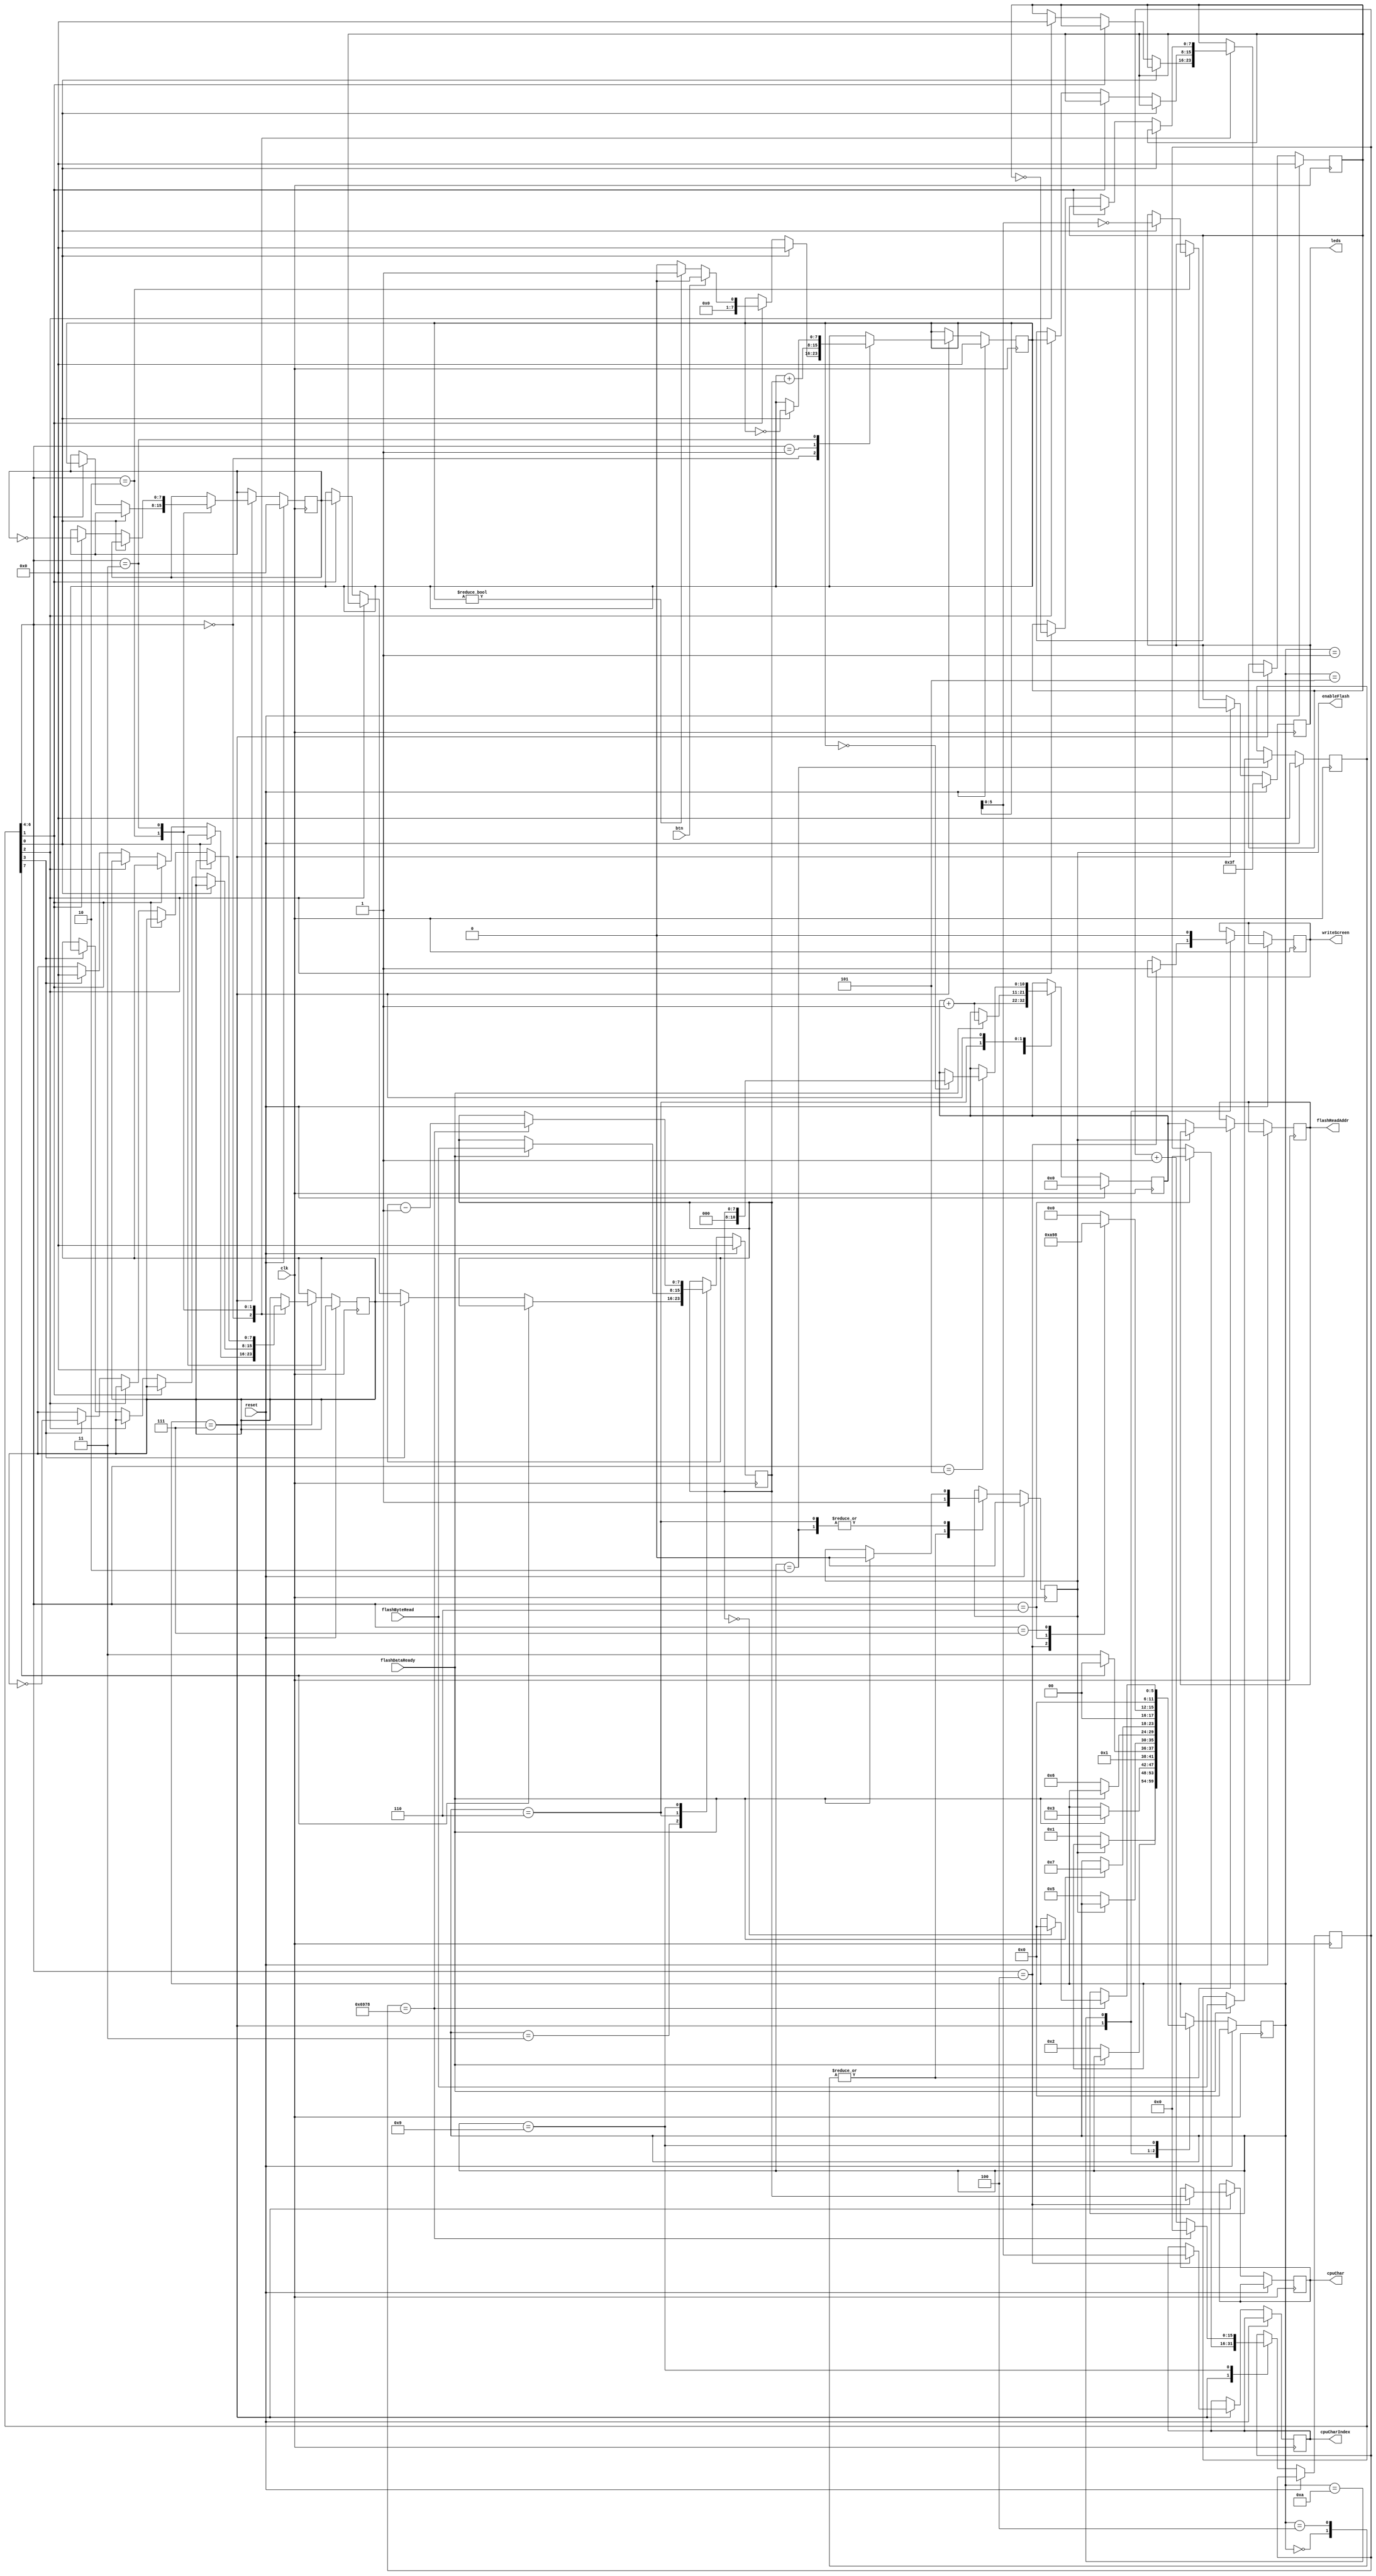

module cpu(
    input clk,
    output reg [10:0] flashReadAddr = 0,
    input [7:0] flashByteRead,
    output reg enableFlash = 0,
    input flashDataReady,
    output reg [5:0] leds = 6'b111111,
    output reg [7:0] cpuChar = 0,
    output reg [5:0] cpuCharIndex = 0,
    output reg writeScreen = 0,
    input reset,
    input btn
);

    localparam STATE_FETCH = 0;
    localparam STATE_FETCH_WAIT_START = 1;
    localparam STATE_FETCH_WAIT_DONE = 2;
    localparam STATE_DECODE = 3;
    localparam STATE_RETRIEVE = 4;
    localparam STATE_RETRIEVE_WAIT_START = 5;
    localparam STATE_RETRIEVE_WAIT_DONE = 6;
    localparam STATE_EXECUTE = 7;
    localparam STATE_HALT = 8;
    localparam STATE_WAIT = 9;
    localparam STATE_PRINT = 10;

    localparam CMD_CLR = 0;
    localparam CMD_ADD = 1;
    localparam CMD_STA = 2;
    localparam CND_INV = 3;
    localparam CMD_PRNT = 4;
    localparam CMD_JMPZ = 5;
    localparam CMD_WAIT = 6;
    localparam CMD_HLT = 7;

    reg [5:0] state = 0;
    reg [10:0] pc = 0;
    reg [7:0] a = 0, b = 0, c = 0, ac = 0;
    reg [7:0] param = 0, command = 0;

    reg [15:0] waitCounter = 0;

    always @(posedge clk) begin
        if (reset) begin
            pc <= 0;
            a <= 0;
            b <= 0;
            c <= 0;
            ac <= 0;
            command <= 0;
            param <= 0;
            state <= STATE_FETCH;
            enableFlash <= 0;
            leds <= 6'b111111;
        end
        else begin
            case(state)
                STATE_FETCH: begin
                    if (~enableFlash) begin
                        flashReadAddr <= pc;
                        enableFlash <= 1;
                        state <= STATE_FETCH_WAIT_START;
                    end
                end
                STATE_FETCH_WAIT_START: begin
                    if (~flashDataReady) begin
                        state <= STATE_FETCH_WAIT_DONE;
                    end
                end
                STATE_FETCH_WAIT_DONE: begin
                    if (flashDataReady) begin
                        command <= flashByteRead;
                        enableFlash <= 0;
                        state <= STATE_DECODE;
                    end
                end
                STATE_DECODE: begin
                    pc <= pc + 1;
                    // command has constant param
                    if (command[7]) begin
                        state <= STATE_RETRIEVE;
                    end else begin
                        param <= command[3] ? a : command[2] ? b : command[1] ? c : ac;
                        state <= STATE_EXECUTE;
                    end
                end
                STATE_RETRIEVE: begin
                    if (~enableFlash) begin
                        flashReadAddr <= pc;
                        enableFlash <= 1;
                        state <= STATE_RETRIEVE_WAIT_START;
                    end
                end
                 STATE_RETRIEVE_WAIT_START: begin
                    if (~flashDataReady) begin
                        state <= STATE_RETRIEVE_WAIT_DONE;
                    end
                end
                STATE_RETRIEVE_WAIT_DONE: begin
                    if (flashDataReady) begin
                        param <= flashByteRead;
                        enableFlash <= 0;
                        state <= STATE_EXECUTE;
                        pc <= pc + 1;
                    end
                end
                STATE_EXECUTE: begin
                    state <= STATE_FETCH;
                    case (command[6:4])
                        CMD_CLR: begin
                            if (command[0])
                                ac <= 0;
                            else if (command[1])
                                ac <= btn ? 0 : (ac ? 1 : 0);
                            else if (command[2])
                                b <= 0;
                            else if (command[3])
                                a <= 0;
                        end
                        CMD_ADD: begin
                            ac <= ac + param;
                        end
                        CMD_STA: begin
                            if (command[0])
                                leds <= ~ac[5:0];
                            else if (command[1])
                                c <= ac;
                            else if (command[2])
                                b <= ac;
                            else if (command[3])
                                a <= ac;
                        end
                        CND_INV: begin
                            if (command[0])
                                ac <= ~ac;
                            else if (command[1])
                                c <= ~c;
                            else if (command[2])
                                b <= ~b;
                            else if (command[3])
                                a <= ~a;
                        end
                        CMD_PRNT: begin
                            cpuCharIndex <= ac[5:0];
                            cpuChar <= param;
                            writeScreen <= 1;
                            state <= STATE_PRINT;
                        end
                        CMD_JMPZ: begin
                            pc <= (ac == 8'd0) ? {3'b0,param} : pc;
                        end
                        CMD_WAIT: begin
                            waitCounter <= 0;
                            state <= STATE_WAIT;
                        end
                        CMD_HLT: begin
                            state <= STATE_HALT;
                        end
                    endcase
                end
                STATE_PRINT: begin
                    writeScreen <= 0;
                    state <= STATE_FETCH;
                end
                STATE_WAIT: begin
                    if (waitCounter == 27000) begin
                        param <= param - 1;
                        waitCounter <= 0;
                        if (param == 0)
                            state <= STATE_FETCH;
                    end else
                        waitCounter <= waitCounter + 1;
                end
                STATE_HALT: begin

                end
            endcase
        end
    end
endmodule